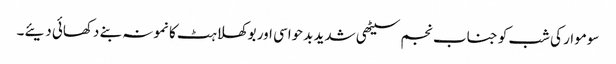
سوموار کی شب کو جناب نجم سیٹھی شدید بدحواسی اور بوکھلاہٹ کا نمونہ بنے دکھائی دیئے۔